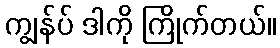
ကျွန်ပ် ဒါကို ကြိုက်တယ်။